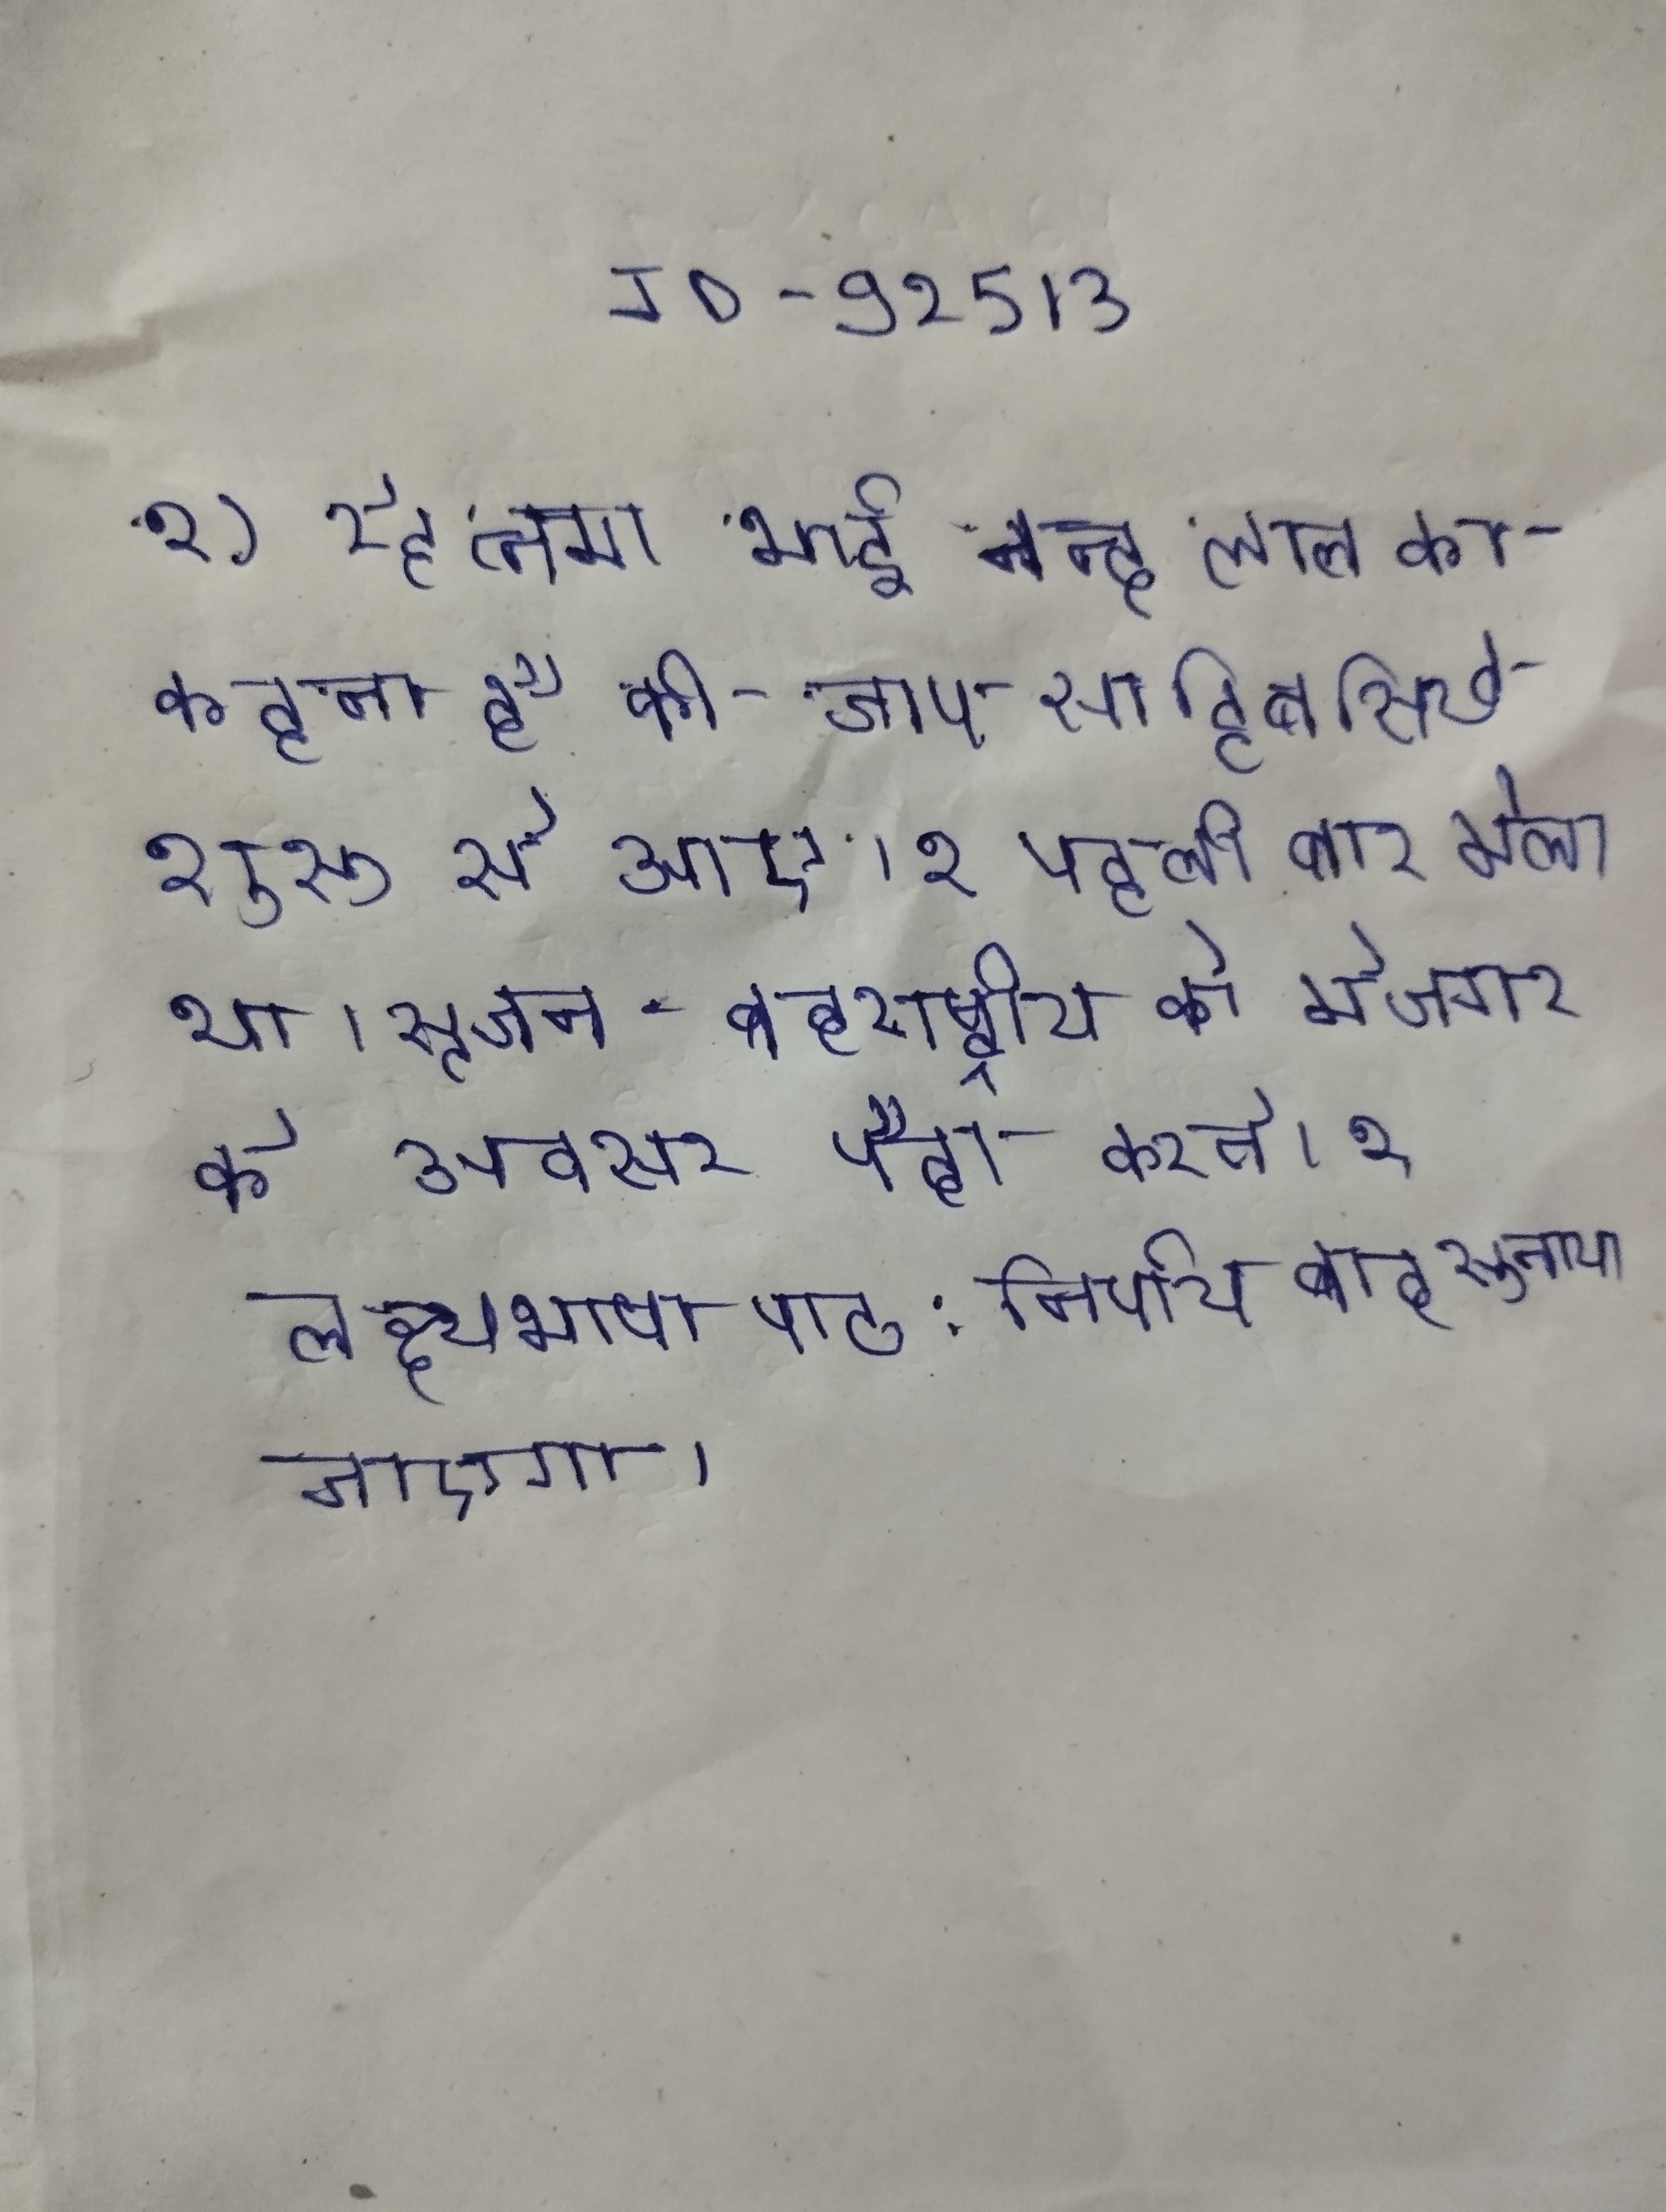
१) रेह्त्नमा भाई नन्द लाल का कहना है की जाप साहिब सिख शुरू से आए । १ पहली बार मेला था । सृजन-बहुराष्ट्रीय के मेजबान पैमाने पर रोजगार के अवसर पैदा करते । १ लक्ष्यभाषा पाठ: निर्णय बाद सुनाया जाएगा ।